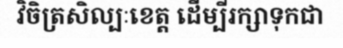
វិចិត្រសិល្បៈខេត្ត ដើម្បីរក្សាទុកជា